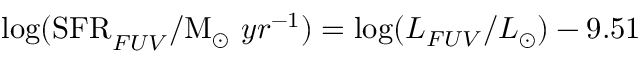
\mathrm { l o g ( S F R } _ { F U V } / \mathrm { M } _ { \odot } ~ y r ^ { - 1 } ) = \mathrm { l o g } ( L _ { F U V } / L _ { \odot } ) - 9 . 5 1